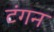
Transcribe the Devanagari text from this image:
टंगन